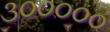
૩૦૦૦૦૦